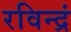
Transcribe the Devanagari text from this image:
रविन्द्रं